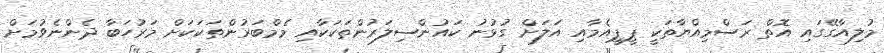
މުލިއާގޭގައި އޮތް ރަސްމިއްޔާތަކީ ޕީޕީއެމާއި އަލަށް ގުޅުނު ކައުންސިލަރުންތަކަކާއި މެމްބަރުންތަކަކަށް މަރުހަބާ ދެންނެވުމަށް